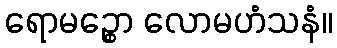
ရောမဉ္စော လောမဟံသနံ။